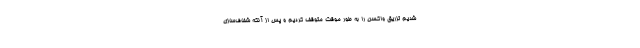
شدیم تزریق واکسن را به طور موقت متوقف کردیم و پس از آنکه شفاف‌سازی